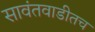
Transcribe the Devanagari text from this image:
सावंतवाडीतच